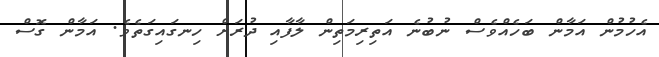
އެހުމުން އަމާން ބަހެއްވެސް ނުބުނެ އަތިރިމަތިން ލާފާއި ދުރަށް ހިނގައިގަތެވެ. އަމާން ގޮސް